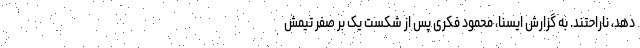
دهد، ناراحتند. به گزارش ایسنا، محمود فکری پس از شکست یک بر صفر تیمش